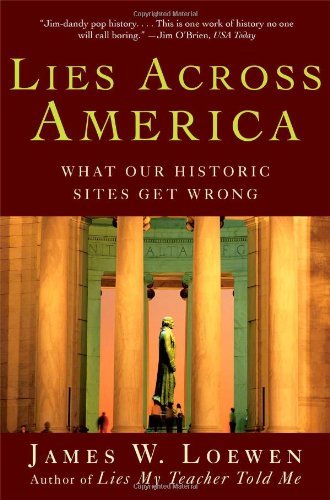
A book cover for Lies Across America: What Our Historic Sites Get Wrong; James W. Loewen; History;